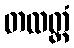
တထတ္တံ